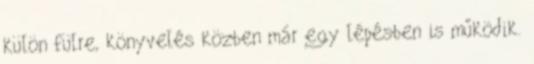
külön fülre, könyvelés közben már egy lépésben is működik.